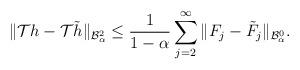
LaTeX: \begin{align*}\|\mathcal{T}h-\mathcal{T}\tilde{h}\|_{\mathcal{B}_{\alpha}^{2}}\leq\frac{1}{1-\alpha}\sum_{j=2}^{\infty}\|F_{j}-\tilde{F}_{j}\|_{\mathcal{B}_{\alpha}^{0}}.\end{align*}